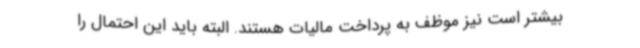
بیشتر است نیز موظف به پرداخت مالیات هستند. البته باید این احتمال را